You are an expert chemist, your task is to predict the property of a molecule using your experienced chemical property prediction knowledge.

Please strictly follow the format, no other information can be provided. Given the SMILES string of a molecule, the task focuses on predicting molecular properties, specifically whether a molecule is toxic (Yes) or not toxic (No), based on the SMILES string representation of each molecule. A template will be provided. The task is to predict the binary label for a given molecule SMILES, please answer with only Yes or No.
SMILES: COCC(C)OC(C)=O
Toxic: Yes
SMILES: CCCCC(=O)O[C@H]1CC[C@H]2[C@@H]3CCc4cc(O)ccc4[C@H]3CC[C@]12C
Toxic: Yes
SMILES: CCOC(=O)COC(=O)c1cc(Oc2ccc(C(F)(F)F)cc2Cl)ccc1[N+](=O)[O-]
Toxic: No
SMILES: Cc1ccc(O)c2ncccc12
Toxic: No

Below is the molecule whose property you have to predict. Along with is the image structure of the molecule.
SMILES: CS(=O)(=O)c1ccc([C@@H](O)[C@@H](CF)NC(=O)C(Cl)Cl)cc1
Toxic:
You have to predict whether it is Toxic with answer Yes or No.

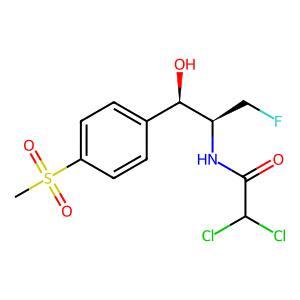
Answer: No